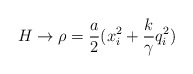
\begin{align*}H \rightarrow \rho = \frac{a}{2} (x_i^2 + \frac{k}{\gamma}q_i^2 )\end{align*}